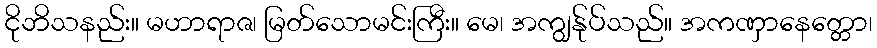
ငိုဘိသနည်း။ မဟာရာဇ၊ မြတ်သောမင်းကြီး။ မေ၊ အကျွန်ုပ်သည်။ အကဏှာနေတ္တော၊